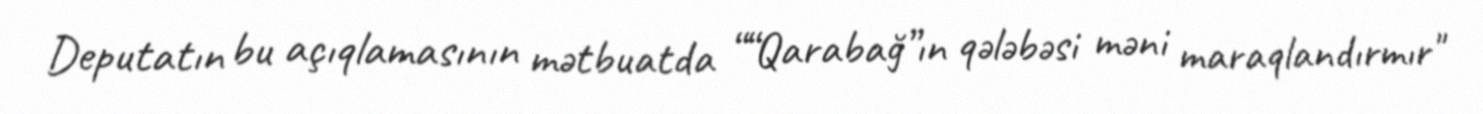
Deputatın bu açıqlamasının mətbuatda ““Qarabağ”ın qələbəsi məni maraqlandırmır"